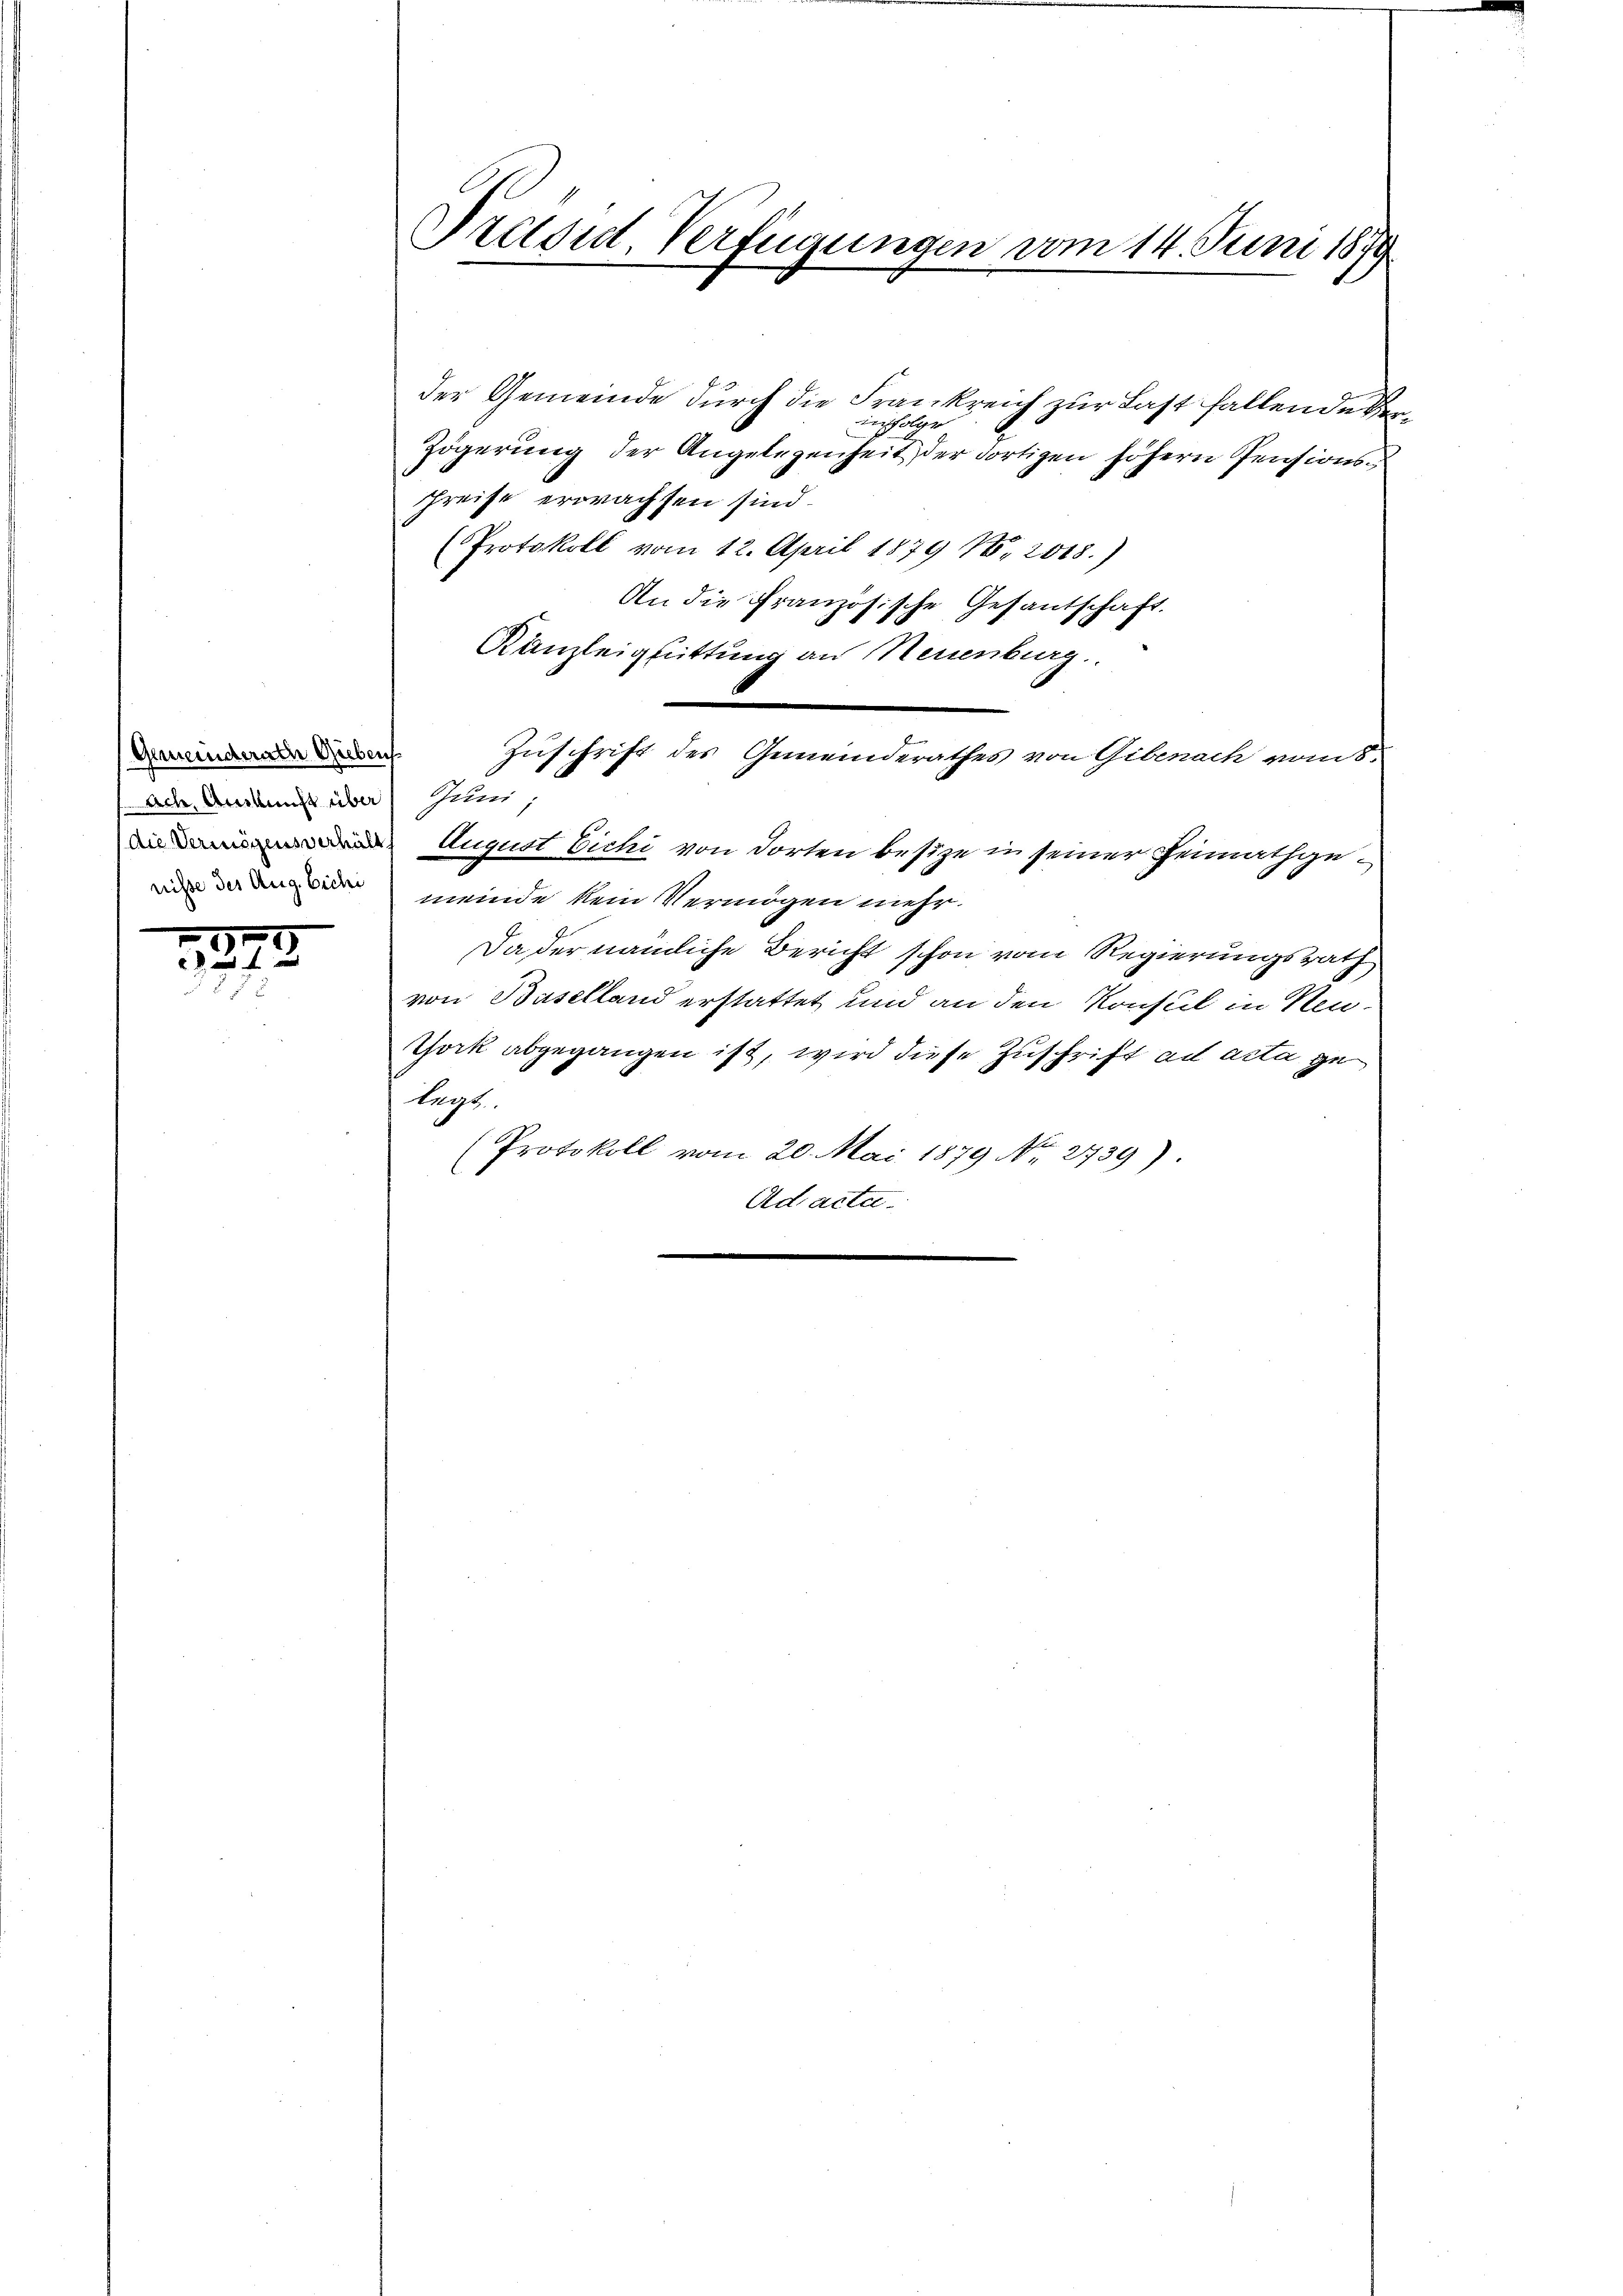
Gemeinderath Gieben
Ach, Auskunft über

1
5
230 f 2

der Gemeinde durch die Frankreich zur Last fallende Verinfolge
Zögerung der Angelegenheit der dortigen höhern Pensionsschreise erwachsen sind.
(Protokoll vom 12. April 1879 N. 2018.)
An die französische Gesandschaft.
Kanzleiglittung an Neuenburg.
Zuschrift des Gemeinderathes von Gibenach vom 8.
Juni:
August Eichi von dorten besize in seiner Hennathge-
mi der Angeden meinde kein Vermögen mehr
Da der nämliche Bericht schon vom Regierungsrath
von Baselland erstattet und an den Konsul in Neu¬
Tock abgegangen ist, wird diese Zuschrift ad acta ge
Legs
Protokoll vom 20. Mai 1879 No 2739)
C
Adacte.

Preisid Verfügungen vom 14. Juni 1879